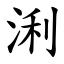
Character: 浰